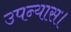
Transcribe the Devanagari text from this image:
उपन्‍यास।